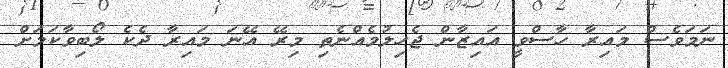
ނަމަވެސް މައިރާ ހާސްވީ އައިޒާން ޖެހިލުމެއްނެތި މިރޭ އޭނަ މައިރާ ދެކެ ލޯބިވާކަމަށް